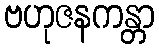
ဗဟုဇနကန္တာ